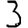
Digit: 3